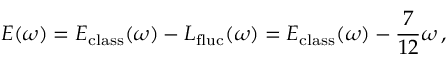
E ( \omega ) = E _ { \mathrm { c l a s s } } ( \omega ) - L _ { \mathrm { f l u c } } ( \omega ) = E _ { \mathrm { c l a s s } } ( \omega ) - \frac { 7 } { 1 2 } \omega \, ,